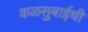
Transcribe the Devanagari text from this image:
कळसुबाईची